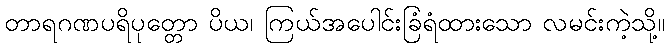
တာရဂဏပရိပုတ္တော ပိယ၊ ကြယ်အပေါင်းခြံရံထားသော လမင်းကဲ့သို့။